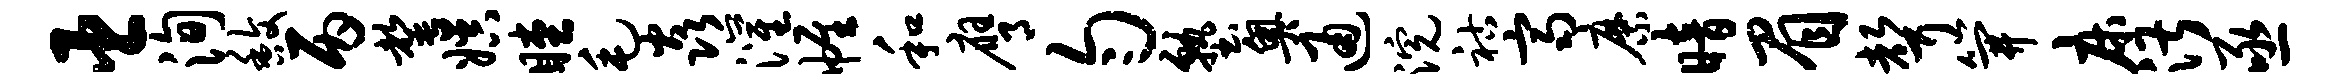
臣洵馥丙罄娱瞠毛焱灌帷和膺匀塾奥通浣祜齐縻暗眉声笄床湛亟